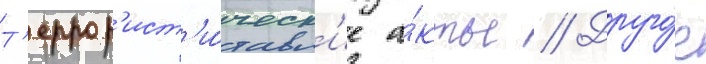
Т'еррор'ист'и́ческ'ие а́кты // Друго́е